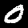
Digit: 0